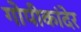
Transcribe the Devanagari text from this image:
गोपीकांदेर